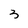
Character: 3